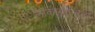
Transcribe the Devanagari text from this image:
लोकाग्रहामुळे